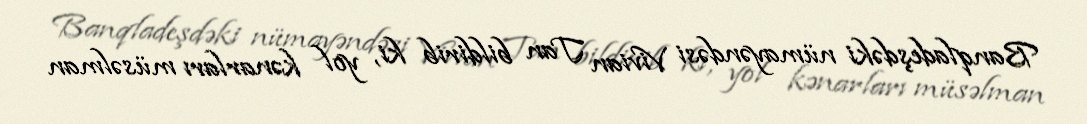
Banqladeşdəki nümayəndəsi Vivian Tan bildirib ki, yol kənarları müsəlman